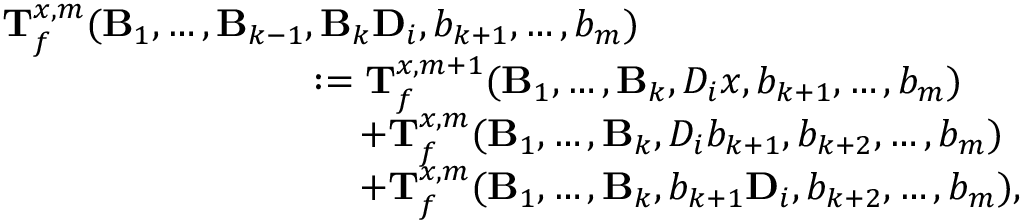
\begin{array} { r l } & { \mathbf T _ { f } ^ { x , m } ( \mathbf B _ { 1 } , \ldots , \mathbf B _ { k - 1 } , \mathbf { B } _ { k } \mathbf { D } _ { i } , b _ { k + 1 } , \ldots , b _ { m } ) } \\ & { \qquad \qquad \qquad \qquad : = \mathbf T _ { f } ^ { x , m + 1 } ( \mathbf B _ { 1 } , \ldots , \mathbf B _ { k } , D _ { i } x , b _ { k + 1 } , \ldots , b _ { m } ) } \\ & { \qquad \qquad \qquad \qquad \quad \, + \mathbf T _ { f } ^ { x , m } ( \mathbf B _ { 1 } , \ldots , \mathbf { B } _ { k } , D _ { i } b _ { k + 1 } , b _ { k + 2 } , \ldots , b _ { m } ) } \\ & { \qquad \qquad \qquad \qquad \quad \, + \mathbf T _ { f } ^ { x , m } ( \mathbf B _ { 1 } , \ldots , \mathbf { B } _ { k } , b _ { k + 1 } \mathbf D _ { i } , b _ { k + 2 } , \ldots , b _ { m } ) , } \end{array}